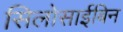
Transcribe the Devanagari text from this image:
सिलोसाईबिन